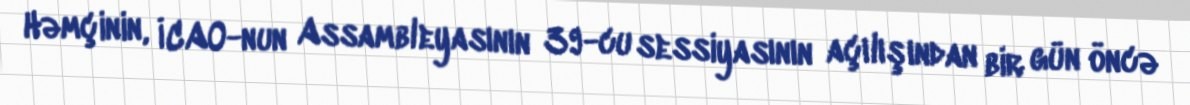
Həmçinin, İCAO-nun Assambleyasının 39-cu sessiyasının açılışından bir gün öncə